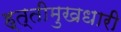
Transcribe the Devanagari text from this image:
ह्त्तीमुखधारी